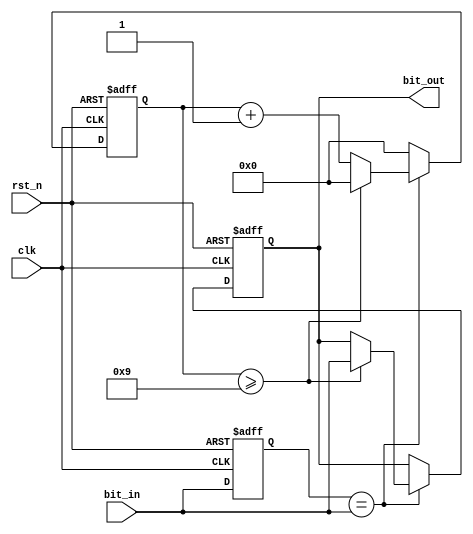
module one_bit_filter(clk,rst_n,bit_in,bit_out);
input clk,rst_n,bit_in;
output bit_out;
reg bit_out;
reg buffer; 
reg [3:0]counter; 
always@(posedge clk or negedge rst_n)
begin
if(rst_n==1'b0)
	begin
		bit_out<=1'b0; 
		buffer<=1'b0; 
		counter<=4'b0000; 
	end
else
	begin
			if(buffer==bit_in)
				begin
				counter<=counter+1'b1; 
				if(counter>=4'b1001)
					begin
					bit_out<=bit_in; 
					counter<=4'b0000;		
					end
				else
					begin
					bit_out<=bit_out; 				
					end			
				end
			else
				begin
				counter<=4'b0000; 
				end
			buffer<=bit_in; 
	end
end//always
endmodule